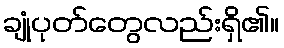
ချုံပုတ်တွေလည်းရှိ၏။